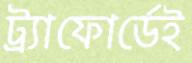
ট্র্যাফোর্ডেই